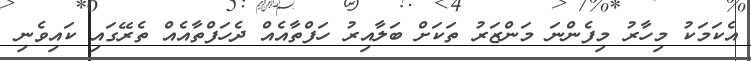
އެކަމަކު މިހާރު މިފެންނަ މަންޒަރު ތަކަށް ބަލާއިރު ހަފްތާއެއް ދެހަފްތާއެއް ތެރޭގައި ކައިވެނި